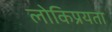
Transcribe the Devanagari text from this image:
लोकिप्रयता